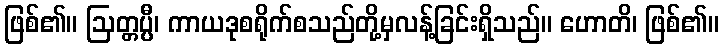
ဖြစ်၏။ ဩတ္တပ္ပီ၊ ကာယဒုစရိုက်စသည်တို့မှလန့်ခြင်းရှိသည်။ ဟောတိ၊ ဖြစ်၏။